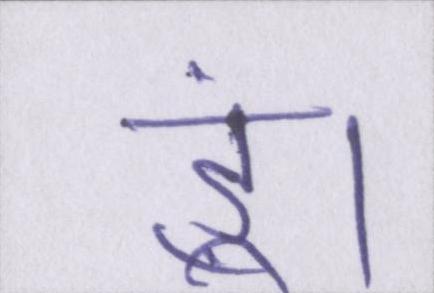
हूं।